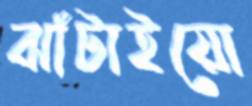
ঝাঁটাইয়ো